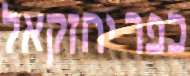
כפר יחזקאל